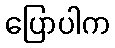
ပြောပါက